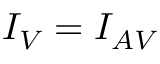
I _ { V } = I _ { A V }